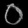
Digit: ၀